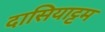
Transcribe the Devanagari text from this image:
दासियाट्टम